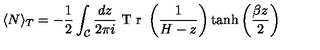
\langle N \rangle _ { T } = - \frac { 1 } { 2 } \int _ { \mathcal { C } } \frac { d z } { 2 \pi i } \textrm { T r } \left( \frac { 1 } { H - z } \right) \tanh \left( \frac { \beta z } { 2 } \right)